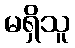
မရှိသူ